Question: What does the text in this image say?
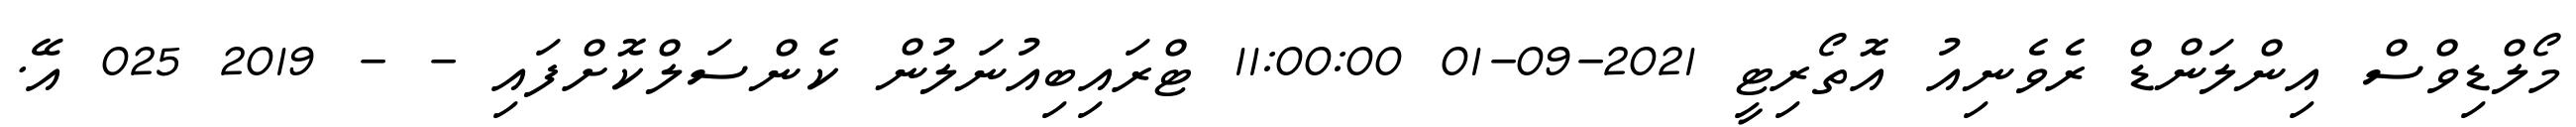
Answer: މޯލްޑިވްސް އިންލަންޑް ރެވެނިއު އޮތޯރިޓީ 2021-09-01 11:00:00 ޓްރައިބިއުނަލުން ކެންސަލްކޮށްފައި - - 2019 025 އޭ.